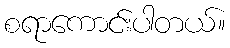
စရာကောင်းပါတယ်။